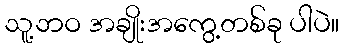
သူ့ဘဝ အချိုးအကွေ့တစ်ခု ပါပဲ။